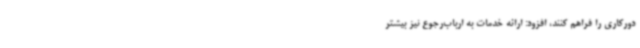
دورکاری را فراهم کنند، افزود: ارائه خدمات به ارباب‌رجوع نیز بیشتر